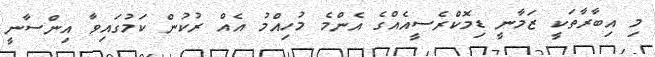
މި އިބާރާތަކީ ޒަމާނީ ޑިމޮކްރެސީއެއްގެ އެންމެ މުހިއްމު އެއް ރުކުން ކަމުގައިވާ އިންސާނީ